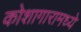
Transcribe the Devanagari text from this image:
कोशागारामध्ये